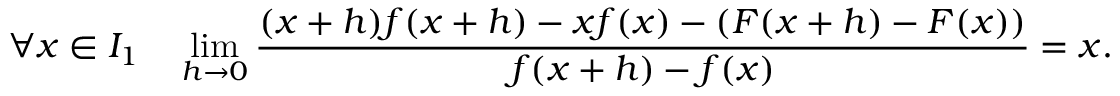
\forall x \in I _ { 1 } \quad \operatorname* { l i m } _ { h \to 0 } { \frac { ( x + h ) f ( x + h ) - x f ( x ) - \left( F ( x + h ) - F ( x ) \right) } { f ( x + h ) - f ( x ) } } = x .